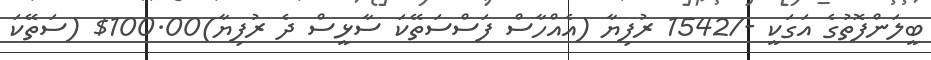
ބީލަންފޮތުގެ އަގަކީ -/1542 ރުފިޔާ (އެއްހާސް ފަސްސަތޭކަ ސާޅީސް ދެ ރުފިޔާ)100.00$ (ސަތޭކަ